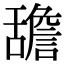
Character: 舚